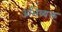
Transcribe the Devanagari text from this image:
अभिव्यक्त्